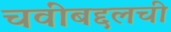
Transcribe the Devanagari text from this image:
चवींबद्दलची